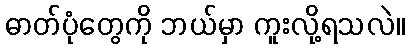
ဓာတ်ပုံတွေကို ဘယ်မှာ ကူးလို့ရသလဲ။